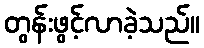
တွန်းဖွင့်လာခဲ့သည်။